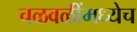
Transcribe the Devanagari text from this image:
चळवळींमध्येच